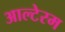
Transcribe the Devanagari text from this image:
आल्टेरम